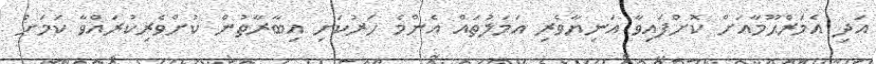
އަދި އެމަަރްޙޫމާއަށް ކޮށްފައިވާ އަނިޔާވެރި އަމަލުތައް އެންމެ ހަރުކަށި އިބާރާތުން ކުށްވެެރިކުރައްވާ ކަމަށް